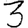
Digit: 3